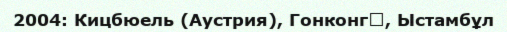
2004: Кицбюель (Аустрия), Гонконг‎, Ыстамбұл